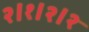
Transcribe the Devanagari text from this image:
२।१।२।२